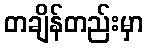
တချိန်တည်းမှာ